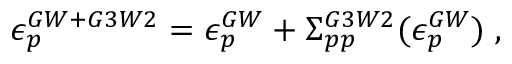
\epsilon _ { p } ^ { G W + G 3 W 2 } = \epsilon _ { p } ^ { G W } + \Sigma _ { p p } ^ { G 3 W 2 } ( \epsilon _ { p } ^ { G W } ) \; ,